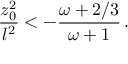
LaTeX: { \frac { z _ { 0 } ^ { 2 } } { l ^ { 2 } } } < - { \frac { \omega + 2 / 3 } { \omega + 1 } } \, .